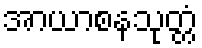
အာယာစနသုတ္တံ